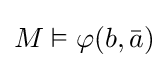
M\vDash \varphi (b,{\bar {a}})